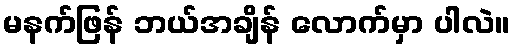
မနက်ဖြန် ဘယ်အချိန် လောက်မှာ ပါလဲ။